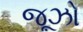
જૂઝો